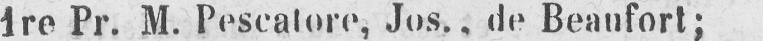
1re Pr. M. Pescatore, Jos., de Beaufort;